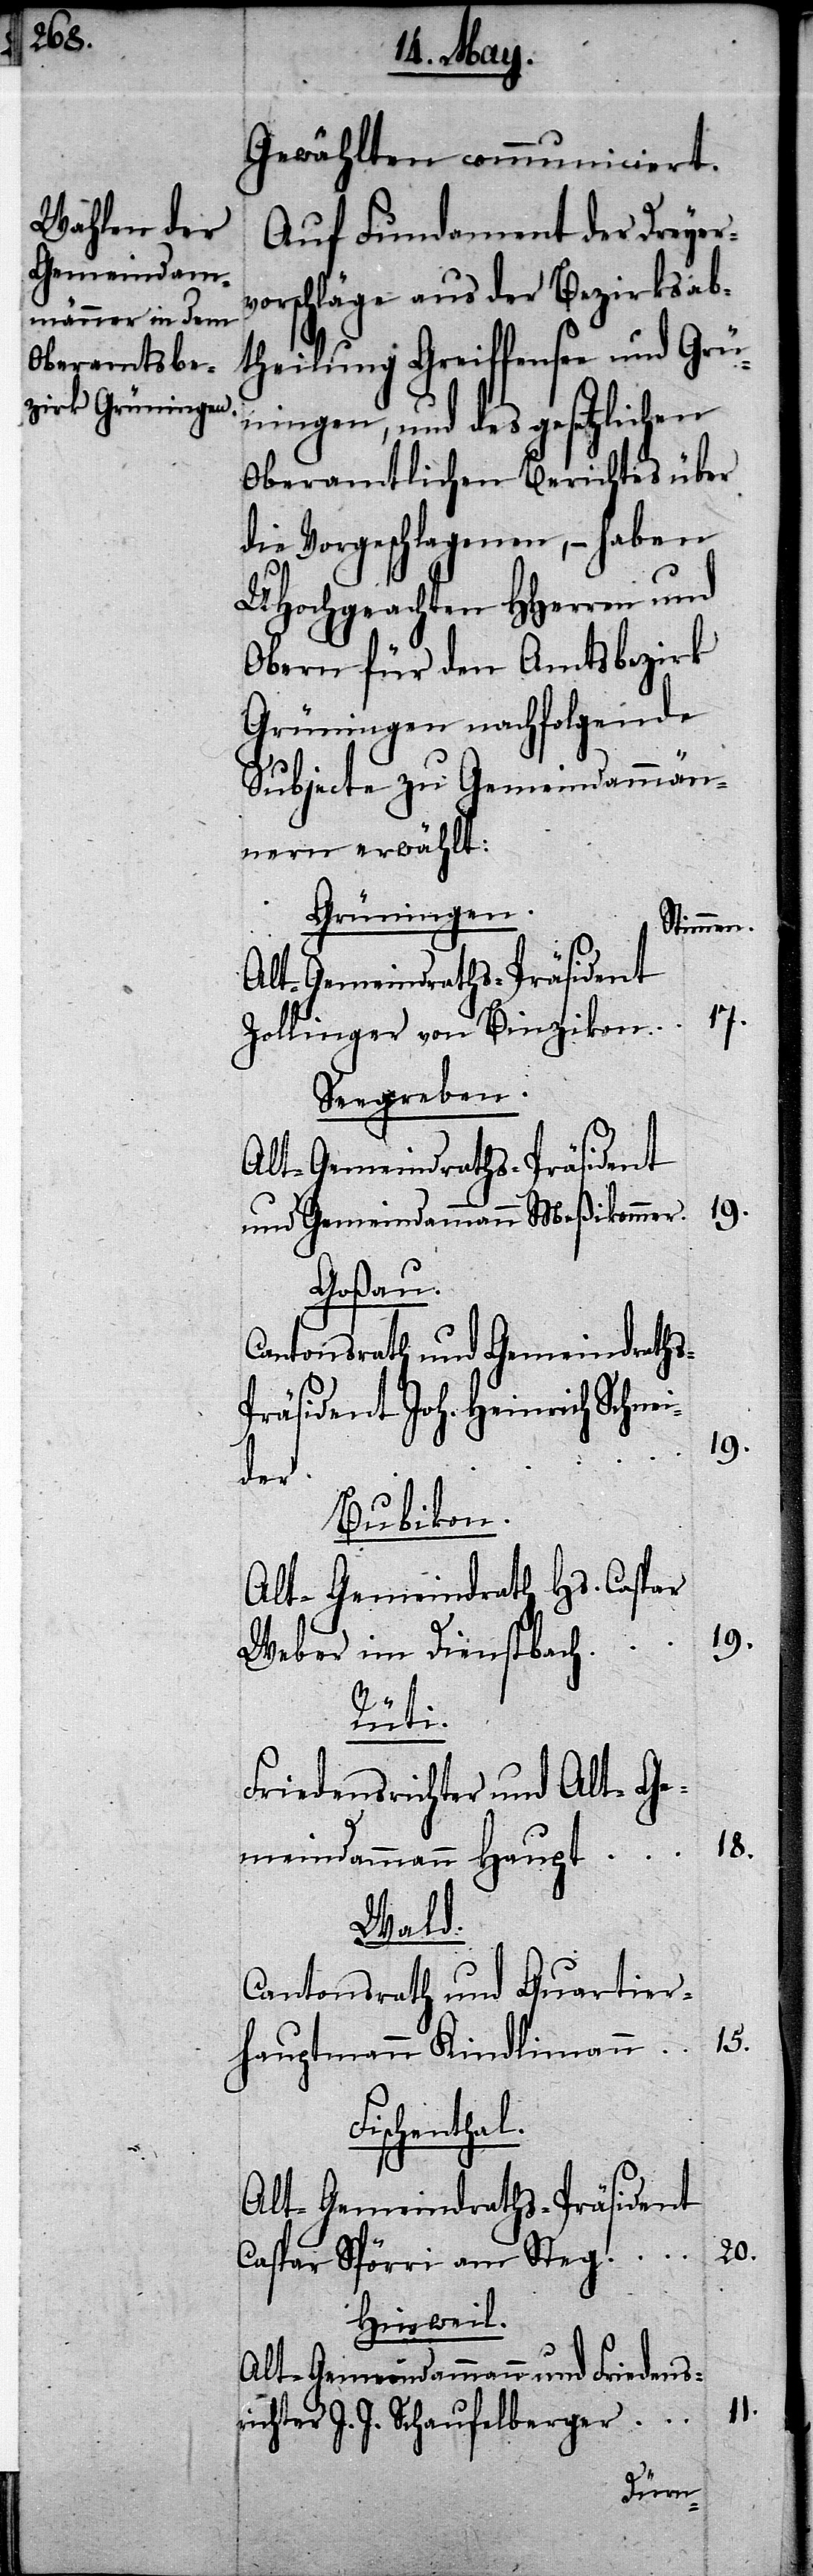
Gewählten communiciert.
Auf Fundament der Dreyer¬
vorschläge aus der Bezirksab¬
theilung Greiffensee und Grü¬
ningen, und des gesetzlichen
Oberamtlichen Berichtes über
die Vorgeschlagenen, – haben
UHochgeachten HHerren und
Obern für den Amtsbezirk
Grüningen nachfolgende
Subjecte zu Gemeindammän¬
nern erwählt:
Grüningen.
Stimmen.
17.
Zollinger von Binzikon
Seegreben.
Alt-Gemeindraths-Präsident
und Gemeindammann Meßikommer.
Gossau.
Cantonsrath und Gemeindraths-P¬
räsident Joh. Heinrich Schnei¬
19.
der
Bubikon.
Alt-Gemeindrath Hs. Caspar
19.
Weber im Dienstbach
Rüti.
Friedensrichter und Alt-Ge¬
meindammann Haupt
Wald.
Cantonsrath und Quartier¬
F¬
hautpmann Kindlimann
ischenthal.
Alt-Gemeindraths-Präsident
20.
Caspar Spörri am Steg
Hinweil.
Alt-Gemeindammann und Friedensr¬
11.
ichter J. J. Schaufelberger